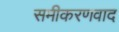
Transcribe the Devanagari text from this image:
समीकरणवाद